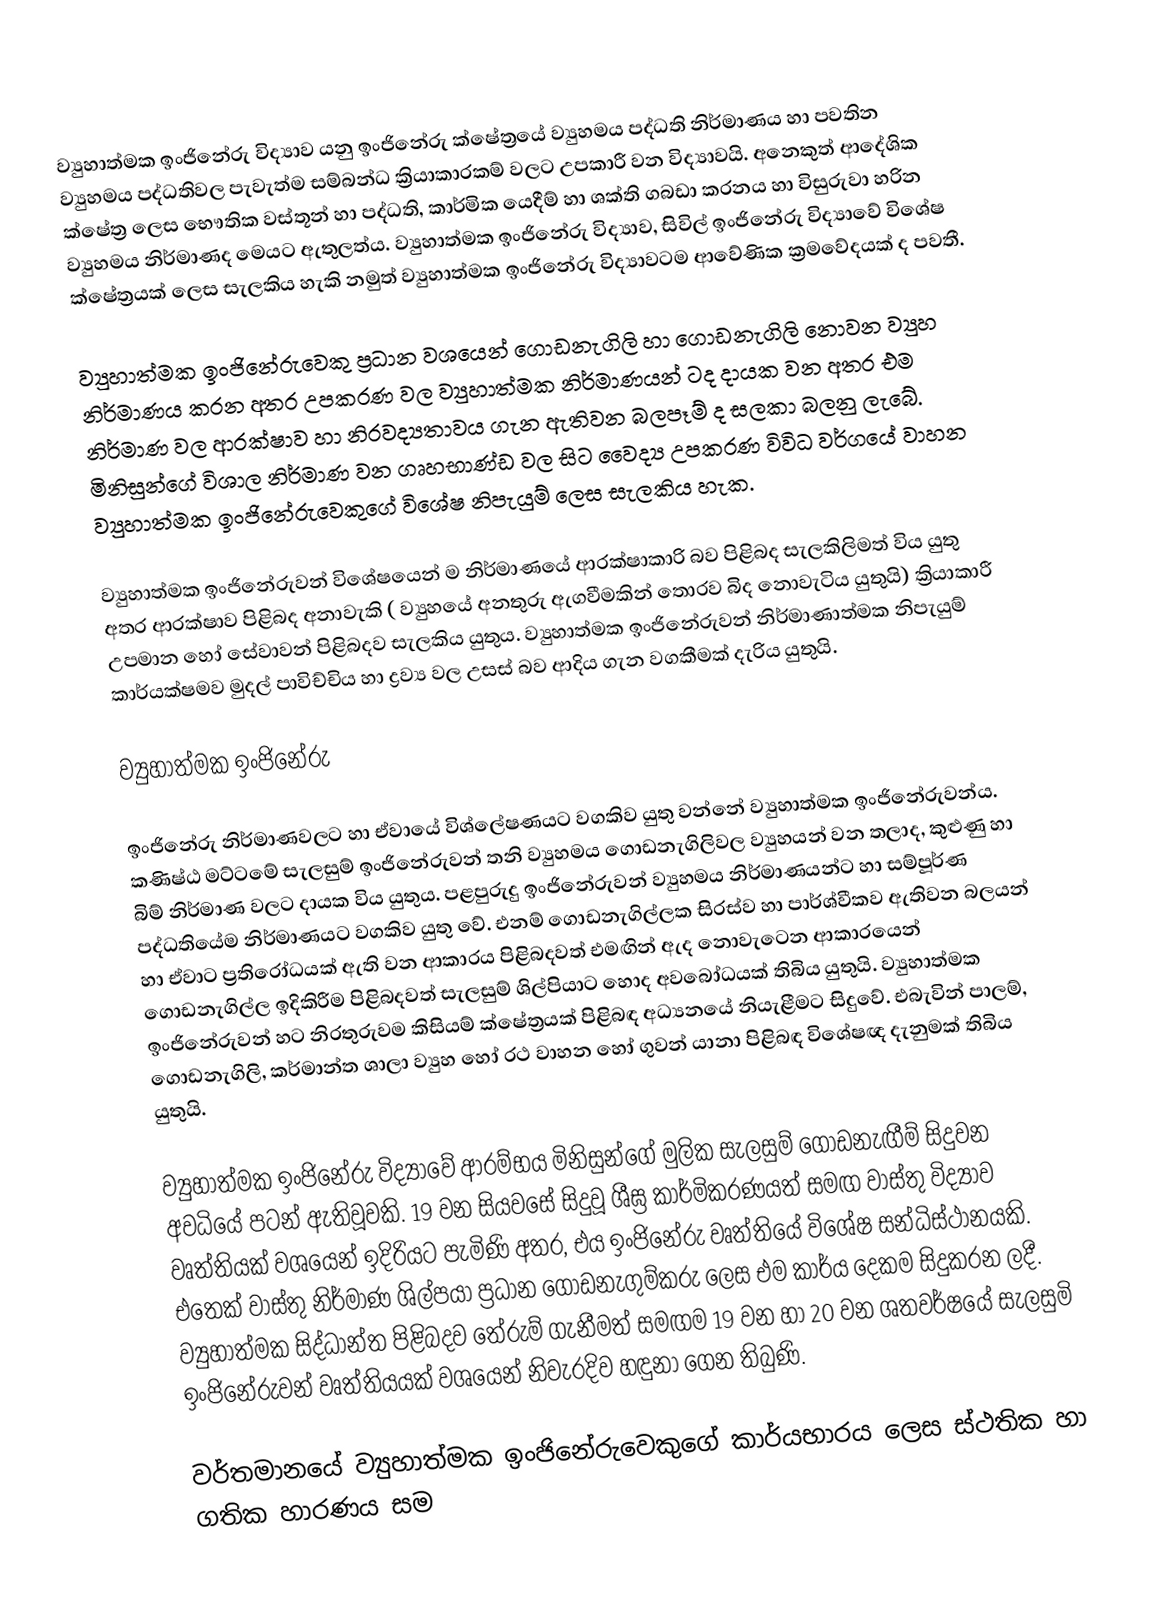
ව්‍යුහාත්මක ඉංජිනේරු විද්‍යාව යනු ඉංජිනේරු ක්ෂේත්‍රයේ ව්‍යුහමය පද්ධති නිර්මාණය හා පවතින ව්‍යුහමය පද්ධතිවල පැවැත්ම සම්බන්ධ ක්‍රියාකාරකම් වලට උපකාරී වන විද්‍යාවයි. අනෙකුත් ආදේශික ක්ෂේත්‍ර ලෙස භෞතික වස්තූන් හා පද්ධති, කාර්මික යෙදීම් හා ශක්ති ගබඩා කරනය හා විසුරුවා හරින ව්‍යුහමය නිර්මාණද මෙයට ඇතුලත්ය. ව්‍යුහාත්මක ඉංජිනේරු විද්‍යාව, සිවිල් ඉංජිනේරු විද්‍යාවේ විශේෂ ක්ෂේත්‍රයක් ලෙස සැලකිය හැකි නමුත් ව්‍යුහාත්මක ඉංජිනේරු විද්‍යාවටම ආවේණික ක්‍රමවේදයක් ද පවතී.

ව්‍යුහාත්මක ඉංජිනේරුවෙකු ප්‍රධාන වශයෙන් ගොඩනැගිලි හා ගොඩනැගිලි නොවන ව්‍යුහ නිර්මාණය කරන අතර උපකරණ වල ව්‍යුහාත්මක නිර්මාණයන් ටද දායක වන අතර එම නිර්මාණ වල ආරක්ෂාව හා නිරවද්‍යතාවය ගැන ඇතිවන බලපෑම් ද සලකා බලනු ලැබේ. මිනිසුන්ගේ විශාල නිර්මාණ වන ගෘහභාණ්ඩ වල සිට වෛද්‍ය උපකරණ විවිධ වර්ගයේ වාහන ව්‍යුහාත්මක ඉංජිනේරුවෙකුගේ විශේෂ නිපැයුම් ලෙස සැලකිය හැක.

ව්‍යුහාත්මක ඉංජිනේරුවන් විශේෂයෙන් ම නිර්මාණයේ ආරක්ෂාකාරි බව පිළිබද සැලකිලිමත් විය යුතු අතර ආරක්ෂාව පිළිබද අනාවැකි ( ව්‍යුහයේ අනතුරු ඇගවීමකින් තොරව බිද නොවැටිය යුතුයි) ක්‍රියාකාරී උපමාන හෝ සේවාවන් පිළිබදව සැලකිය යුතුය. ව්‍යුහාත්මක ඉංජිනේරුවන් නිර්මාණාත්මක නිපැයුම් කාර්යක්ෂමව මුදල් පාවිච්චිය හා ද්‍රව්‍ය වල උසස් බව ආදිය ගැන වගකීමක් දැරිය යුතුයි.

ව්‍යුහාත්මක ඉංජිනේරු

ඉංජිනේරු නිර්මාණවලට හා ඒවායේ විශ්ලේෂණයට වගකිව යුතු වන්නේ ව්‍යුහාත්මක ඉංජිනේරුවන්ය. කණිෂ්ඨ මට්ටමේ සැලසුම් ඉංජිනේරුවන් තනි ව්‍යුහමය ගොඩනැගිලිවල ව්‍යුහයන් වන තලාද, කුළුණු හා බිම් නිර්මාණ වලට දායක විය යුතුය. පළපුරුදු ඉංජිනේරුවන් ව්‍යුහමය නිර්මාණයන්ට හා සම්පූර්ණ පද්ධතියේම නිර්මාණයට වගකිව යුතු වේ. එනම් ගොඩනැගිල්ලක සිරස්ව හා පාර්ශ්වීකව ඇතිවන බලයන් හා ඒවාට ප්‍රතිරෝධයක් ඇති වන ආකාරය පිළිබදවත් එමඟින් ඇද නොවැටෙන ආකාරයෙන් ගොඩනැගිල්ල ඉදිකිරීම පිළිබදවත් සැලසුම් ශිල්පියාට හොද අව‍බෝධයක් තිබිය යුතුයි. ව්‍යුහාත්මක ඉංජිනේරුවන් හට නිරතුරුවම කිසියම් ක්ෂේත්‍රයක් පිළිබඳ අධ්‍යනයේ නියැළීමට සිදුවේ. එබැවින් පාලම්, ගොඩනැගිලි, කර්මාන්ත ශාලා ව්‍යුහ හෝ රථ වාහන හෝ ගුවන් යානා පිළිබඳ විශේෂඥ දැනුමක් තිබිය යුතුයි.

ව්‍යුහාත්මක ඉංජිනේරු විද්‍යාවේ ආරම්භය මිනිසුන්ගේ මුලික සැලසුම් ගොඩනැඟීම් සිදුවන අවධියේ පටන් ඇතිවූවකි. 19 වන සියවසේ සිදුවූ ශීඝ්‍ර කාර්මිකරණයත් සමඟ වාස්තු විද්‍යාව වෘත්තියක් වශයෙන් ඉදිරියට පැමිණි අතර, එය ඉංජිනේරු වෘත්තියේ විශේෂ සන්ධිස්ථානයකි. එතෙක් වාස්තු නිර්මාණ ශිල්පයා ප්‍රධාන ගොඩනැගුම්කරු ලෙස එම කාර්ය දෙකම සිදුකරන ලදී. ව්‍යුහාත්මක සිද්ධාන්ත පිළිබදව තේරුම් ගැනීමත් සමඟම 19 වන හා 20 වන ශතවර්ෂයේ සැලසුමි ඉංජිනේරුවන් වෘත්තියයක් වශයෙන් නිවැරදිව හඳුනා ගෙන තිබුණි.

වර්තමාන‍යේ ව්‍යුහාත්මක ඉංජිනේරු‍‍වෙකුගේ කාර්යභාරය ලෙස ස්ථතික හා ගතික හාරණය සම